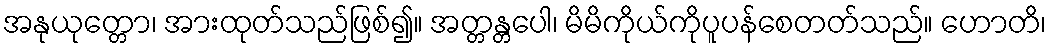
အနုယုတ္တော၊ အားထုတ်သည်ဖြစ်၍။ အတ္တန္တပေါ၊ မိမိကိုယ်ကိုပူပန်စေတတ်သည်။ ဟောတိ၊